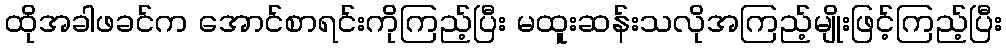
ထိုအခါဖခင်က အောင်စာရင်းကိုကြည့်ပြီး မထူးဆန်းသလိုအကြည့်မျိုးဖြင့်ကြည့်ပြီး